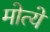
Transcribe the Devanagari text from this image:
मोत्ये